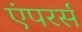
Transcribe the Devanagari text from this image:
एंपरर्स